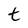
Character: t